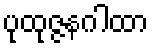
ပုထုဇ္ဇနဂါထာ